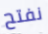
نفتح